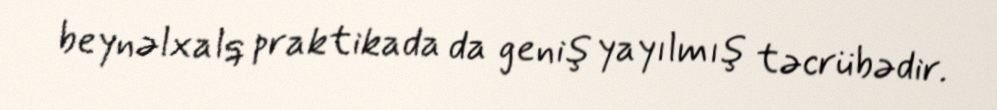
beynəlxalq praktikada da geniş yayılmış təcrübədir.